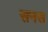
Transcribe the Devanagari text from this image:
सनस